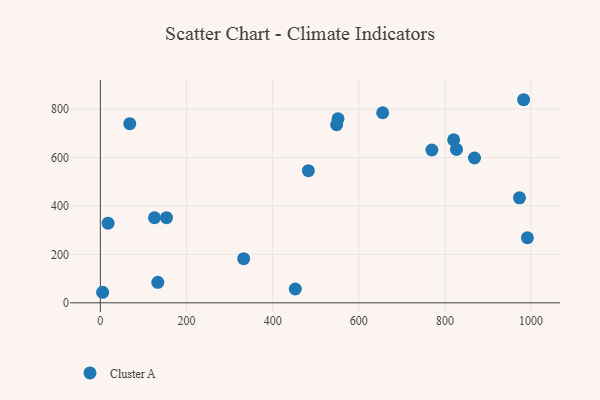
{"axis": {"x": "Experience", "y": "Profit"}, "legend": ["Cluster A"], "data": [{"x": "18.0", "y": 328.9, "type": "Cluster A"}, {"x": "826.7", "y": 633.0, "type": "Cluster A"}, {"x": "153.6", "y": 351.6, "type": "Cluster A"}, {"x": "982.6", "y": 838.3, "type": "Cluster A"}, {"x": "332.7", "y": 182.1, "type": "Cluster A"}, {"x": "868.5", "y": 597.7, "type": "Cluster A"}, {"x": "769.6", "y": 630.8, "type": "Cluster A"}, {"x": "482.9", "y": 545.4, "type": "Cluster A"}, {"x": "548.5", "y": 735.0, "type": "Cluster A"}, {"x": "551.7", "y": 759.6, "type": "Cluster A"}, {"x": "125.8", "y": 351.1, "type": "Cluster A"}, {"x": "820.2", "y": 672.6, "type": "Cluster A"}, {"x": "991.3", "y": 268.5, "type": "Cluster A"}, {"x": "973.0", "y": 433.3, "type": "Cluster A"}, {"x": "655.4", "y": 784.5, "type": "Cluster A"}, {"x": "68.3", "y": 739.4, "type": "Cluster A"}, {"x": "452.6", "y": 57.1, "type": "Cluster A"}, {"x": "5.3", "y": 43.5, "type": "Cluster A"}, {"x": "133.4", "y": 84.5, "type": "Cluster A"}]}